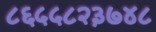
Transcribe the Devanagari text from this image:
८६५५८२३७४८